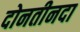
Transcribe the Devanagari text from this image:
दोनतीनदा